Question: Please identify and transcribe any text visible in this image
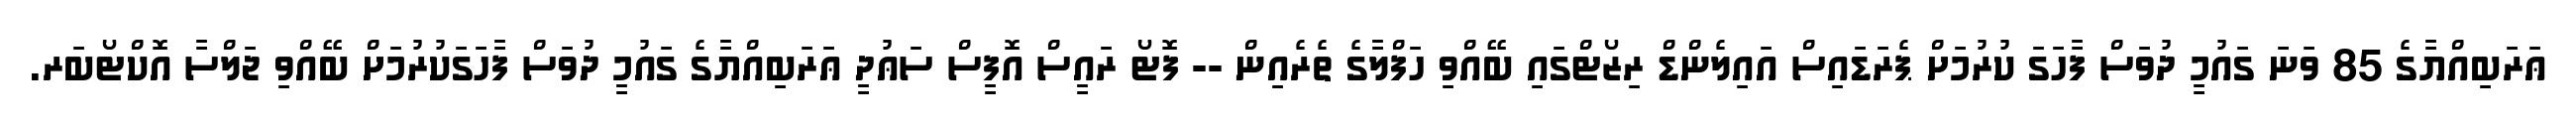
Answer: ޢަރަބިއްޔާގެ 85 ވަނަ ގައުމީ ދުވަސް ފާހަގަ ކުރުމަށް ޕެރަޑައިސް އައިލެންޑް ރިޒޯޓްގައި ބޭއްވި ހަފްލާގެ ތެރެއިން -- ފޮޓޯ ރައީސް އޮފީސް ސަޢުދީ ޢަރަބިއްޔާގެ ގައުމީ ދުވަސް ފާހަގަކުރުމަށް ބޭއްވި ޖަލްސާ އޮކްޓޯބަރ.